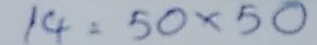
14 = 50 x 50